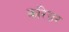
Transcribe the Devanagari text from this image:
करिय़र